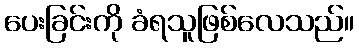
ပေးခြင်းကို ခံရသူဖြစ်လေသည်။